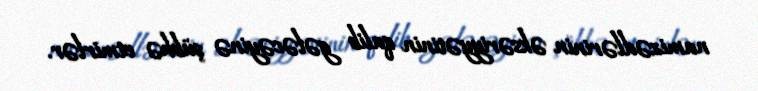
namizədlərinin əksəriyyətinin qalib gələcəyinə şübhə etmirlər.